Scientific memoirs by medical officers of the Army of India - Part IX,
Year: 1895
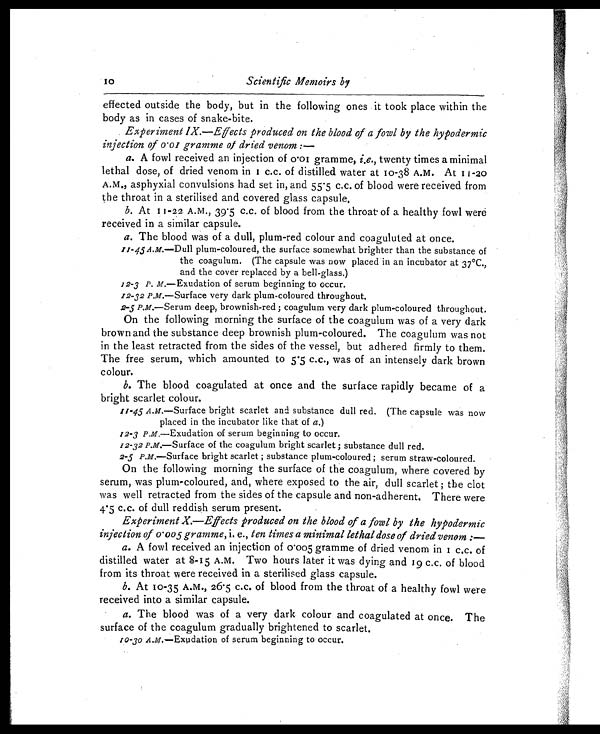
10
Scientific Memoirs by
effected outside the body, but in the following ones it took place within the
body as in cases of snake-bite.
Experiment IX.—Effects produced on the blood of a fowl by the hypodermic
injection of 0.01 gramme of dried venom : —
a. A fowl received an injection of 0.01 gramme, i.e., twenty times a minimal
lethal dose, of dried venom in 1 c.c. of distilled water at 10-38 A.M. At 11-20
A.M., asphyxial convulsions had set in, and 55.5 c.c. of blood were received from
the throat in a sterilised and covered glass capsule.
b. At 11-22 A.M., 39.5 c.c. of blood from the throat of a healthy fowl were
received in a similar capsule.
a. The blood was of a dull, plum-red colour and coaguluted at once.
11-45A.M.—Dull plum-coloured, the surface somewhat brighter than the substance of
the coagulum. (The capsule was now placed in an incubator at 37°C.,
and the cover replaced by a bell-glass.)
12-3 P. M.—Exudation of serum beginning to occur.
12-32 P.M.—Surface very dark plum-coloured throughout.
2-5 P.M. —Serum deep, brownish-red; coagulum very dark plum-coloured throughout.
On the following morning the surface of the coagulum was of a very dark
brown and the substance deep brownish plum-coloured. The coagulum was not
in the least retracted from the sides of the vessel, but adhered firmly to them.
The free serum, which amounted to 5.5 c.c., was of an intensely dark brown
colour.
b. The blood coagulated at once and the surface rapidly became of a
bright scarlet colour.
11-45 A.M.—Surface bright scarlet and substance dull red. (The capsule was now
placed in the incubator like that of a.)
12-3 P.M.—Exudation of serum beginning to occur.
12-32 P.M.—Surface of the coagulum bright scarlet ; substance dull red.
2-5 P.M.—Surface bright scarlet ; substance plum-coloured ; serum straw-coloured.
On the following morning the surface of the coagulum, where covered by
serum, was plum-coloured, and, where exposed to the air, dull scarlet ; the clot
was well retracted from the sides of the capsule and non-adherent. There were
4.5 c.c. of dull reddish serum present.
Experiment X.—Effects produced on the blood of a fowl by the hypodermic
injection of 0.005 gramme, i. e., ten times a minimal lethal dose of dried venom :
—
a. A fowl received an injection of 0.005 gramme of dried venom in 1 c.c. of
distilled water at 8-15 A.M. Two hours later it was dying and 19 c.c. of blood
from its throat were received in a sterilised glass capsule.
b. At 10-35 A.M., 26.5 c.c. of blood from the throat of a healthy fowl were
received into a similar capsule.
a. The blood was of a very dark colour and coagulated at once. The
surface of the coagulum gradually brightened to scarlet.
10-30 A.M.—Exudation of serum beginning to occur.